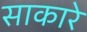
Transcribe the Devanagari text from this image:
साकारे